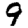
Digit: 9